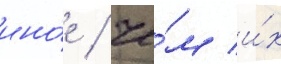
ино́е / че́м и́х